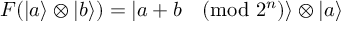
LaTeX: F ( | a \rangle \otimes | b \rangle ) = | a + b { \pmod { 2 ^ { n } } } \rangle \otimes | a \rangle